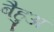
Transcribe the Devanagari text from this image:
बैहुअ